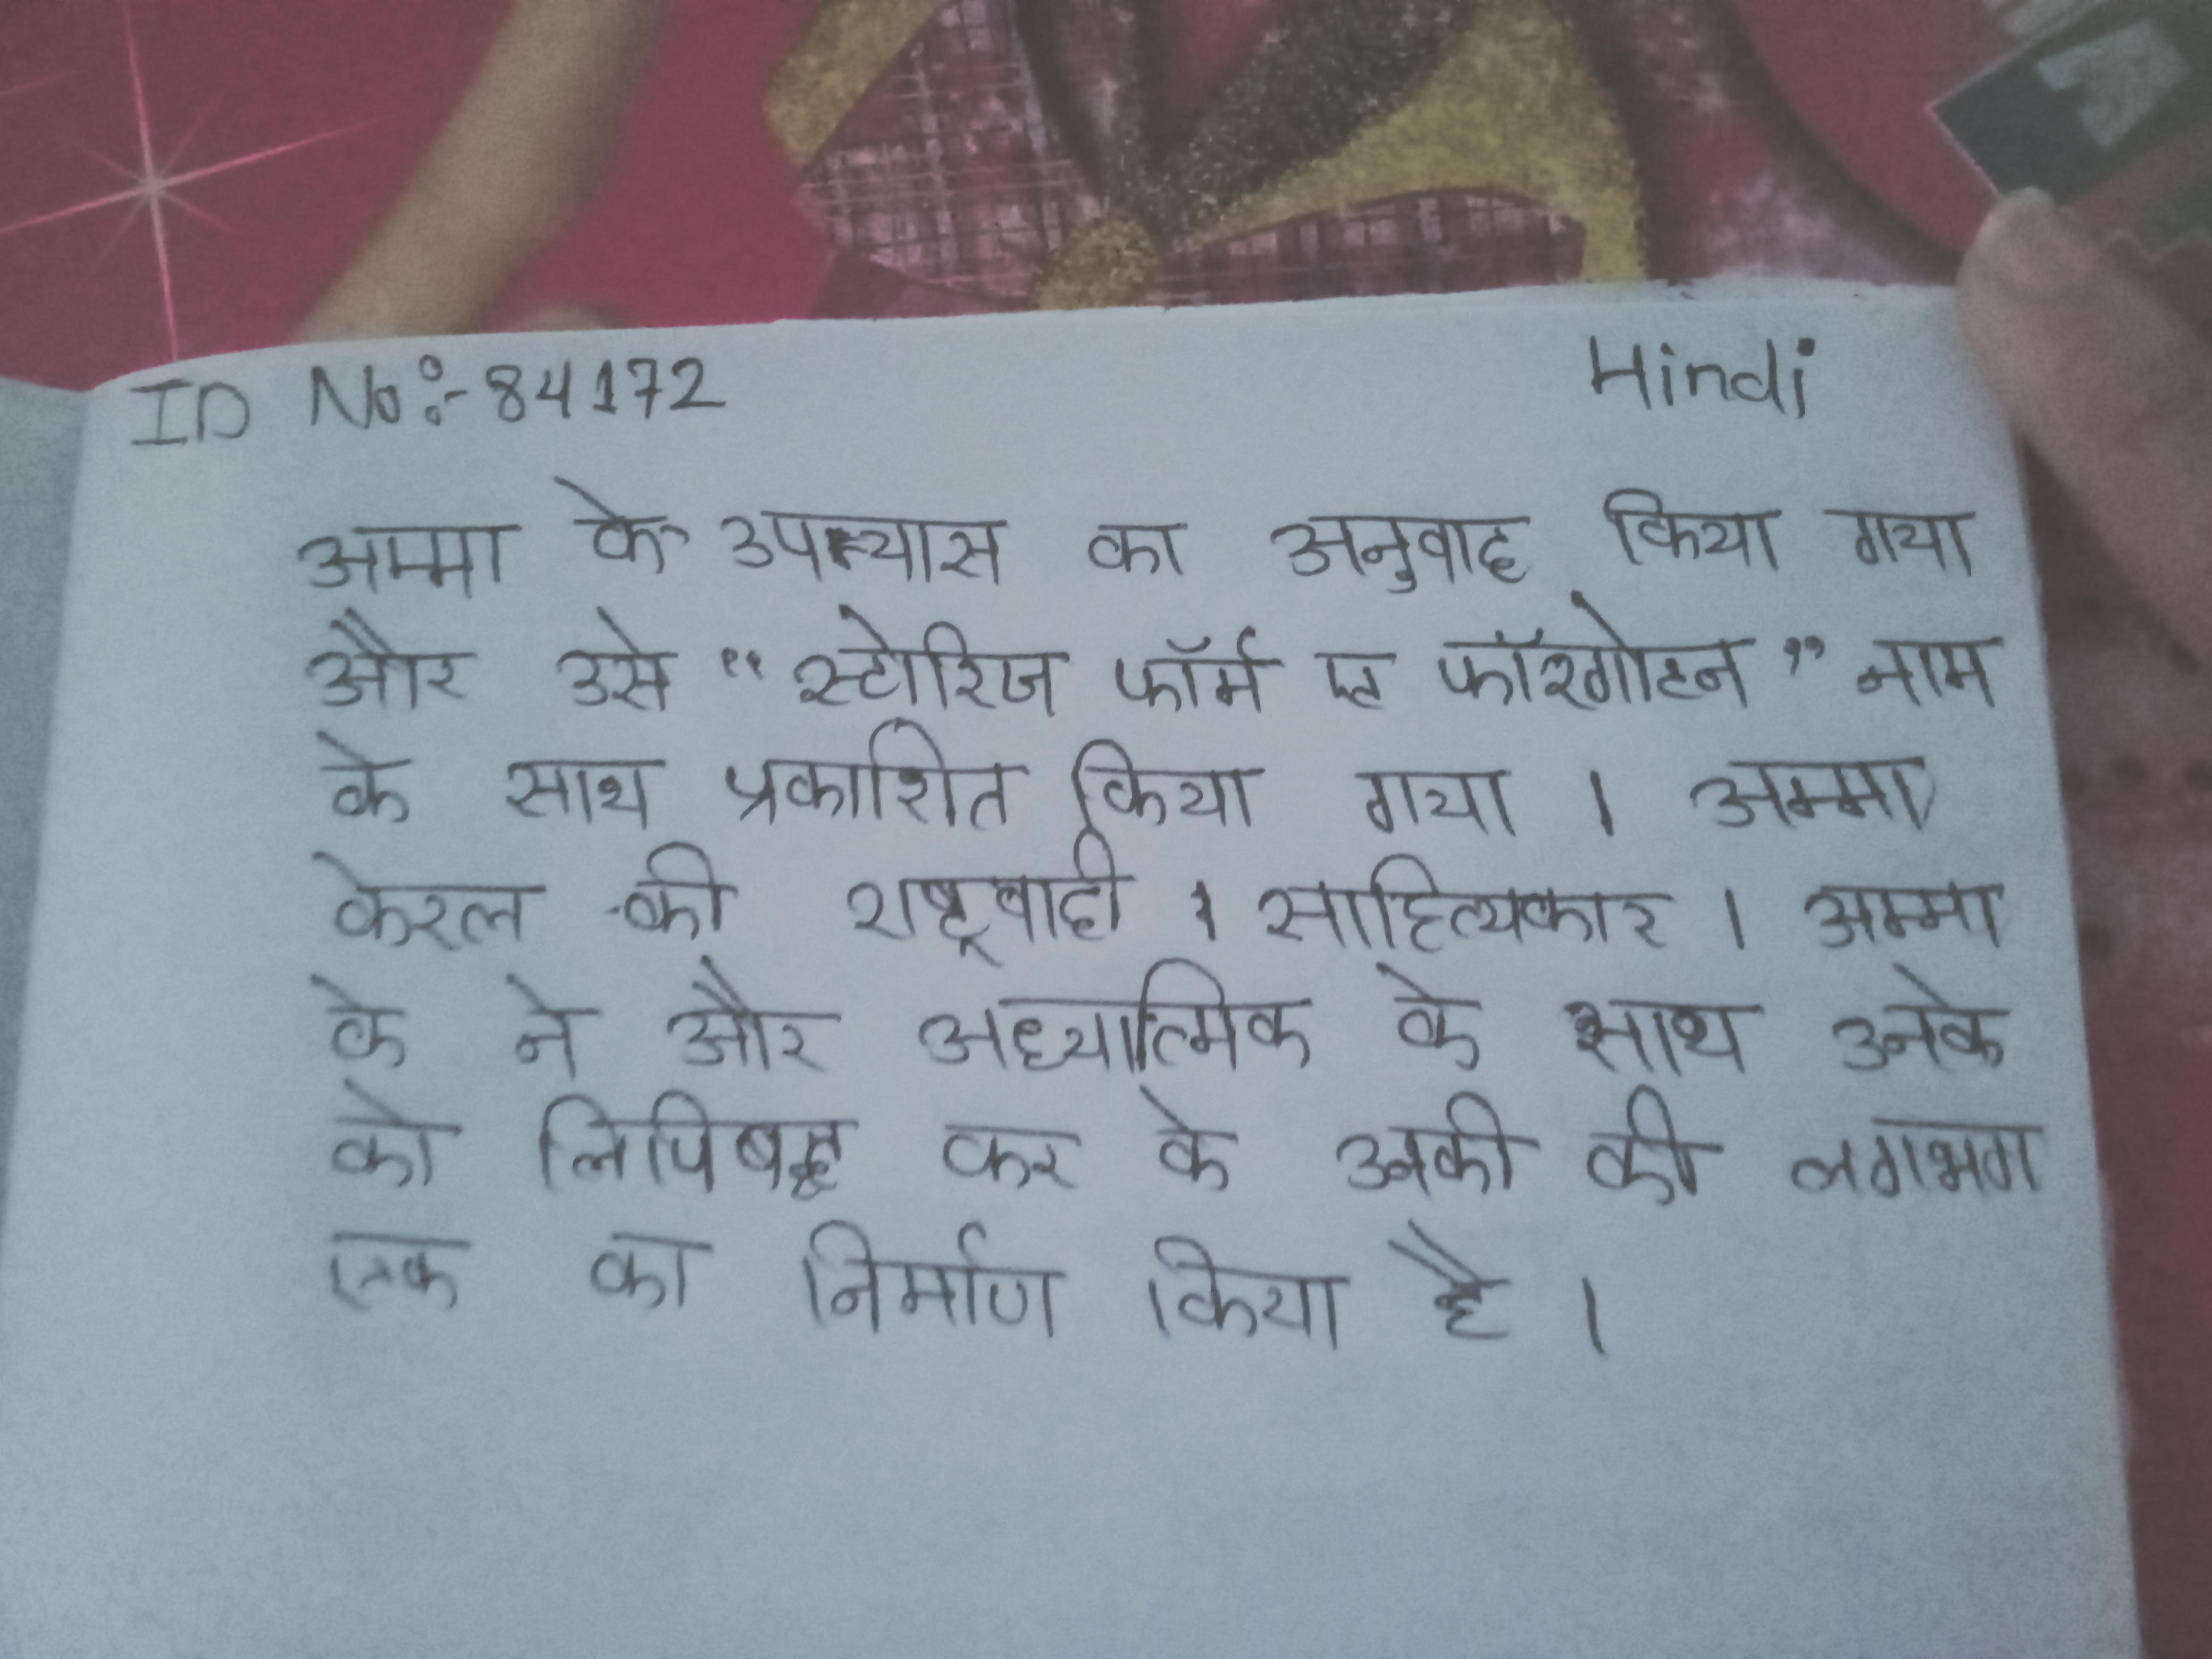
अम्मा के उपन्यास का अनुवाद किया गया और उसे "स्टोरीज फ्रॉम ए फॉरगोटन फेमिनिस्ट" नाम के साथ प्रकाशित किया गया । अम्मा केरल की राष्ट्रवादी साहित्यकार । अम्मा के ने और आध्यात्मिक के साथ उनके को लिपिबद्ध करके उनकी की लगभग एक का निर्माण किया है ।